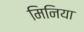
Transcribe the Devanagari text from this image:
मिनिया